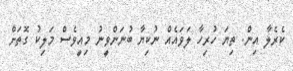
ކެރެލާ އިން. ތިޔަ ހުރިހާ ލަވައެއް ނުކިޔާ ބުނަންވީނު މިއީވެސް މަލިކު ގޮތަށް